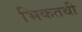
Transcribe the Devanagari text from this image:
भिकतथी